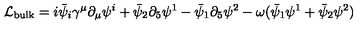
\mathcal { L } _ { \mathrm { b u l k } } = i \bar { \psi } _ { i } \gamma ^ { \mu } \partial _ { \mu } \psi ^ { i } + \bar { \psi } _ { 2 } \partial _ { 5 } \psi ^ { 1 } - \bar { \psi } _ { 1 } \partial _ { 5 } \psi ^ { 2 } - \omega ( \bar { \psi } _ { 1 } \psi ^ { 1 } + \bar { \psi } _ { 2 } \psi ^ { 2 } )